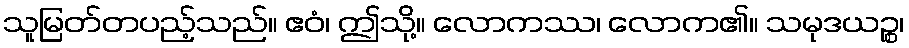
သူမြတ်တပည့်သည်။ ဧဝံ၊ ဤသို့။ လောကဿ၊ လောက၏။ သမုဒယဉ္စ၊